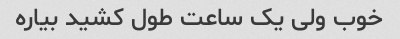
خوب ولی یک ساعت طول کشید بیاره